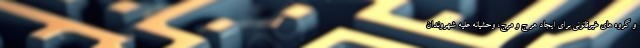
و گروه های غیرقانونی برای ایجاد هر ج و مرج، وحشیانه علیه شهروندان